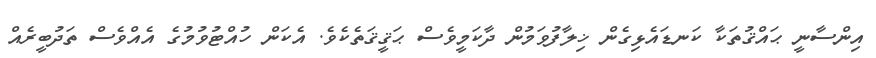
އިންސާނީ ޙައްޤުތަކާ ކަނޑައެޅިގެން ޚިލާފުވަމުން ދާކަމީވެސް ޙަޤީޤަތެކެވެ. އެކަން ހުއްޓުވުމުގެ އެއްވެސް ތަދުބީރެއް